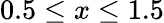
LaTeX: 0.5\le x\le 1.5